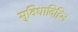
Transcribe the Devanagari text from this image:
सुविधाविहिन